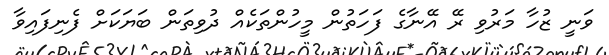
ވަނީ ޒުހާ މަރުވި ރޭ އޭނާގެ ފަހަތުން މީހުންތަކެއް ދުވިތަން ބަޔަކަށް ފެނިފައިވާ